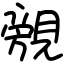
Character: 覫